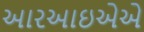
આરઆઇએએ